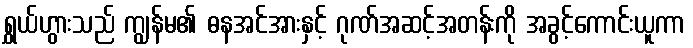
ရွှယ်ဟွားသည် ကျွန်မ၏ ဓနအင်အားနှင့် ဂုဏ်အဆင့်အတန်းကို အခွင့်ကောင်းယူကာ